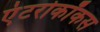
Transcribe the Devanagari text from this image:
एंटरोकॉकस